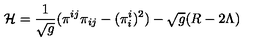
{ \cal H } = \frac { 1 } { \sqrt { g } } ( \pi ^ { i j } \pi _ { i j } - ( \pi _ { i } ^ { i } ) ^ { 2 } ) - \sqrt { g } ( R - 2 \Lambda )